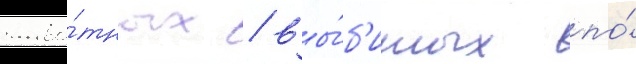
живо́тных / вы́б'итых по́